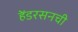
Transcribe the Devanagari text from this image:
हेंडरसनची